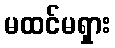
မထင်မရှား